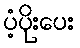
ပံ့ပိုးပေး